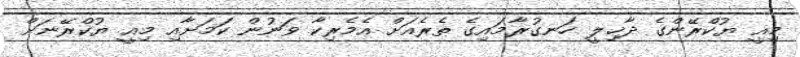
މިއީ ޔުކްރޭންގެ ދާޚިލީ ހަނގުރާމައިގެ ތެރެއަށް އެމެރިކާ ވަނުން ކަމަށާއި މިއީ ޔުކްރޭނަށް